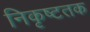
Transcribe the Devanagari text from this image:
निकृष्टतक